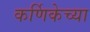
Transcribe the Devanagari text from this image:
कर्णिकेच्या